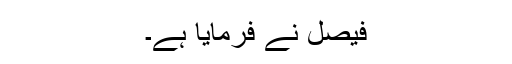
فیصل نے فرمایا ہے۔